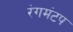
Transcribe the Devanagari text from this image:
रंगमंटप